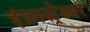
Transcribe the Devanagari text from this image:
इंफ्रास्ट्रेक्चर